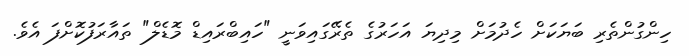
ހިންގުންތެރި ބަޔަކަށް ހެދުމަށް މިދިޔަ އަހަރުގެ ތެރޭގައިވަނީ "ހައިބްރައިޑް މޮޑެލް" ތައާރަފުކޮށްފަ އެވެ.